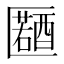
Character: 𠥤